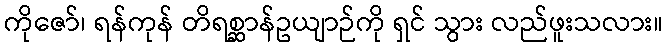
ကိုဇော်၊ ရန်ကုန် တိရစ္ဆာန်ဥယျာဉ်ကို ရှင် သွား လည်ဖူးသလား။